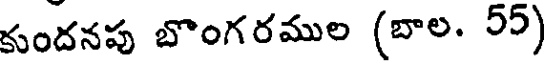
కుందనపు బొంగరముల (బాల. 55)